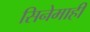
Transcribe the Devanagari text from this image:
सिनेमाही